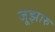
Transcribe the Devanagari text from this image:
जूझारु